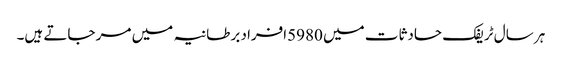
ہر سال ٹریفک حادثات میں 5980افراد برطانیہ میں مر جاتے ہیں۔